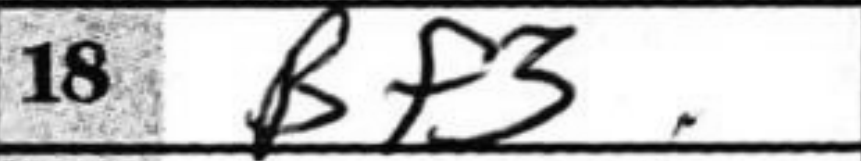
Transcription: Bf3